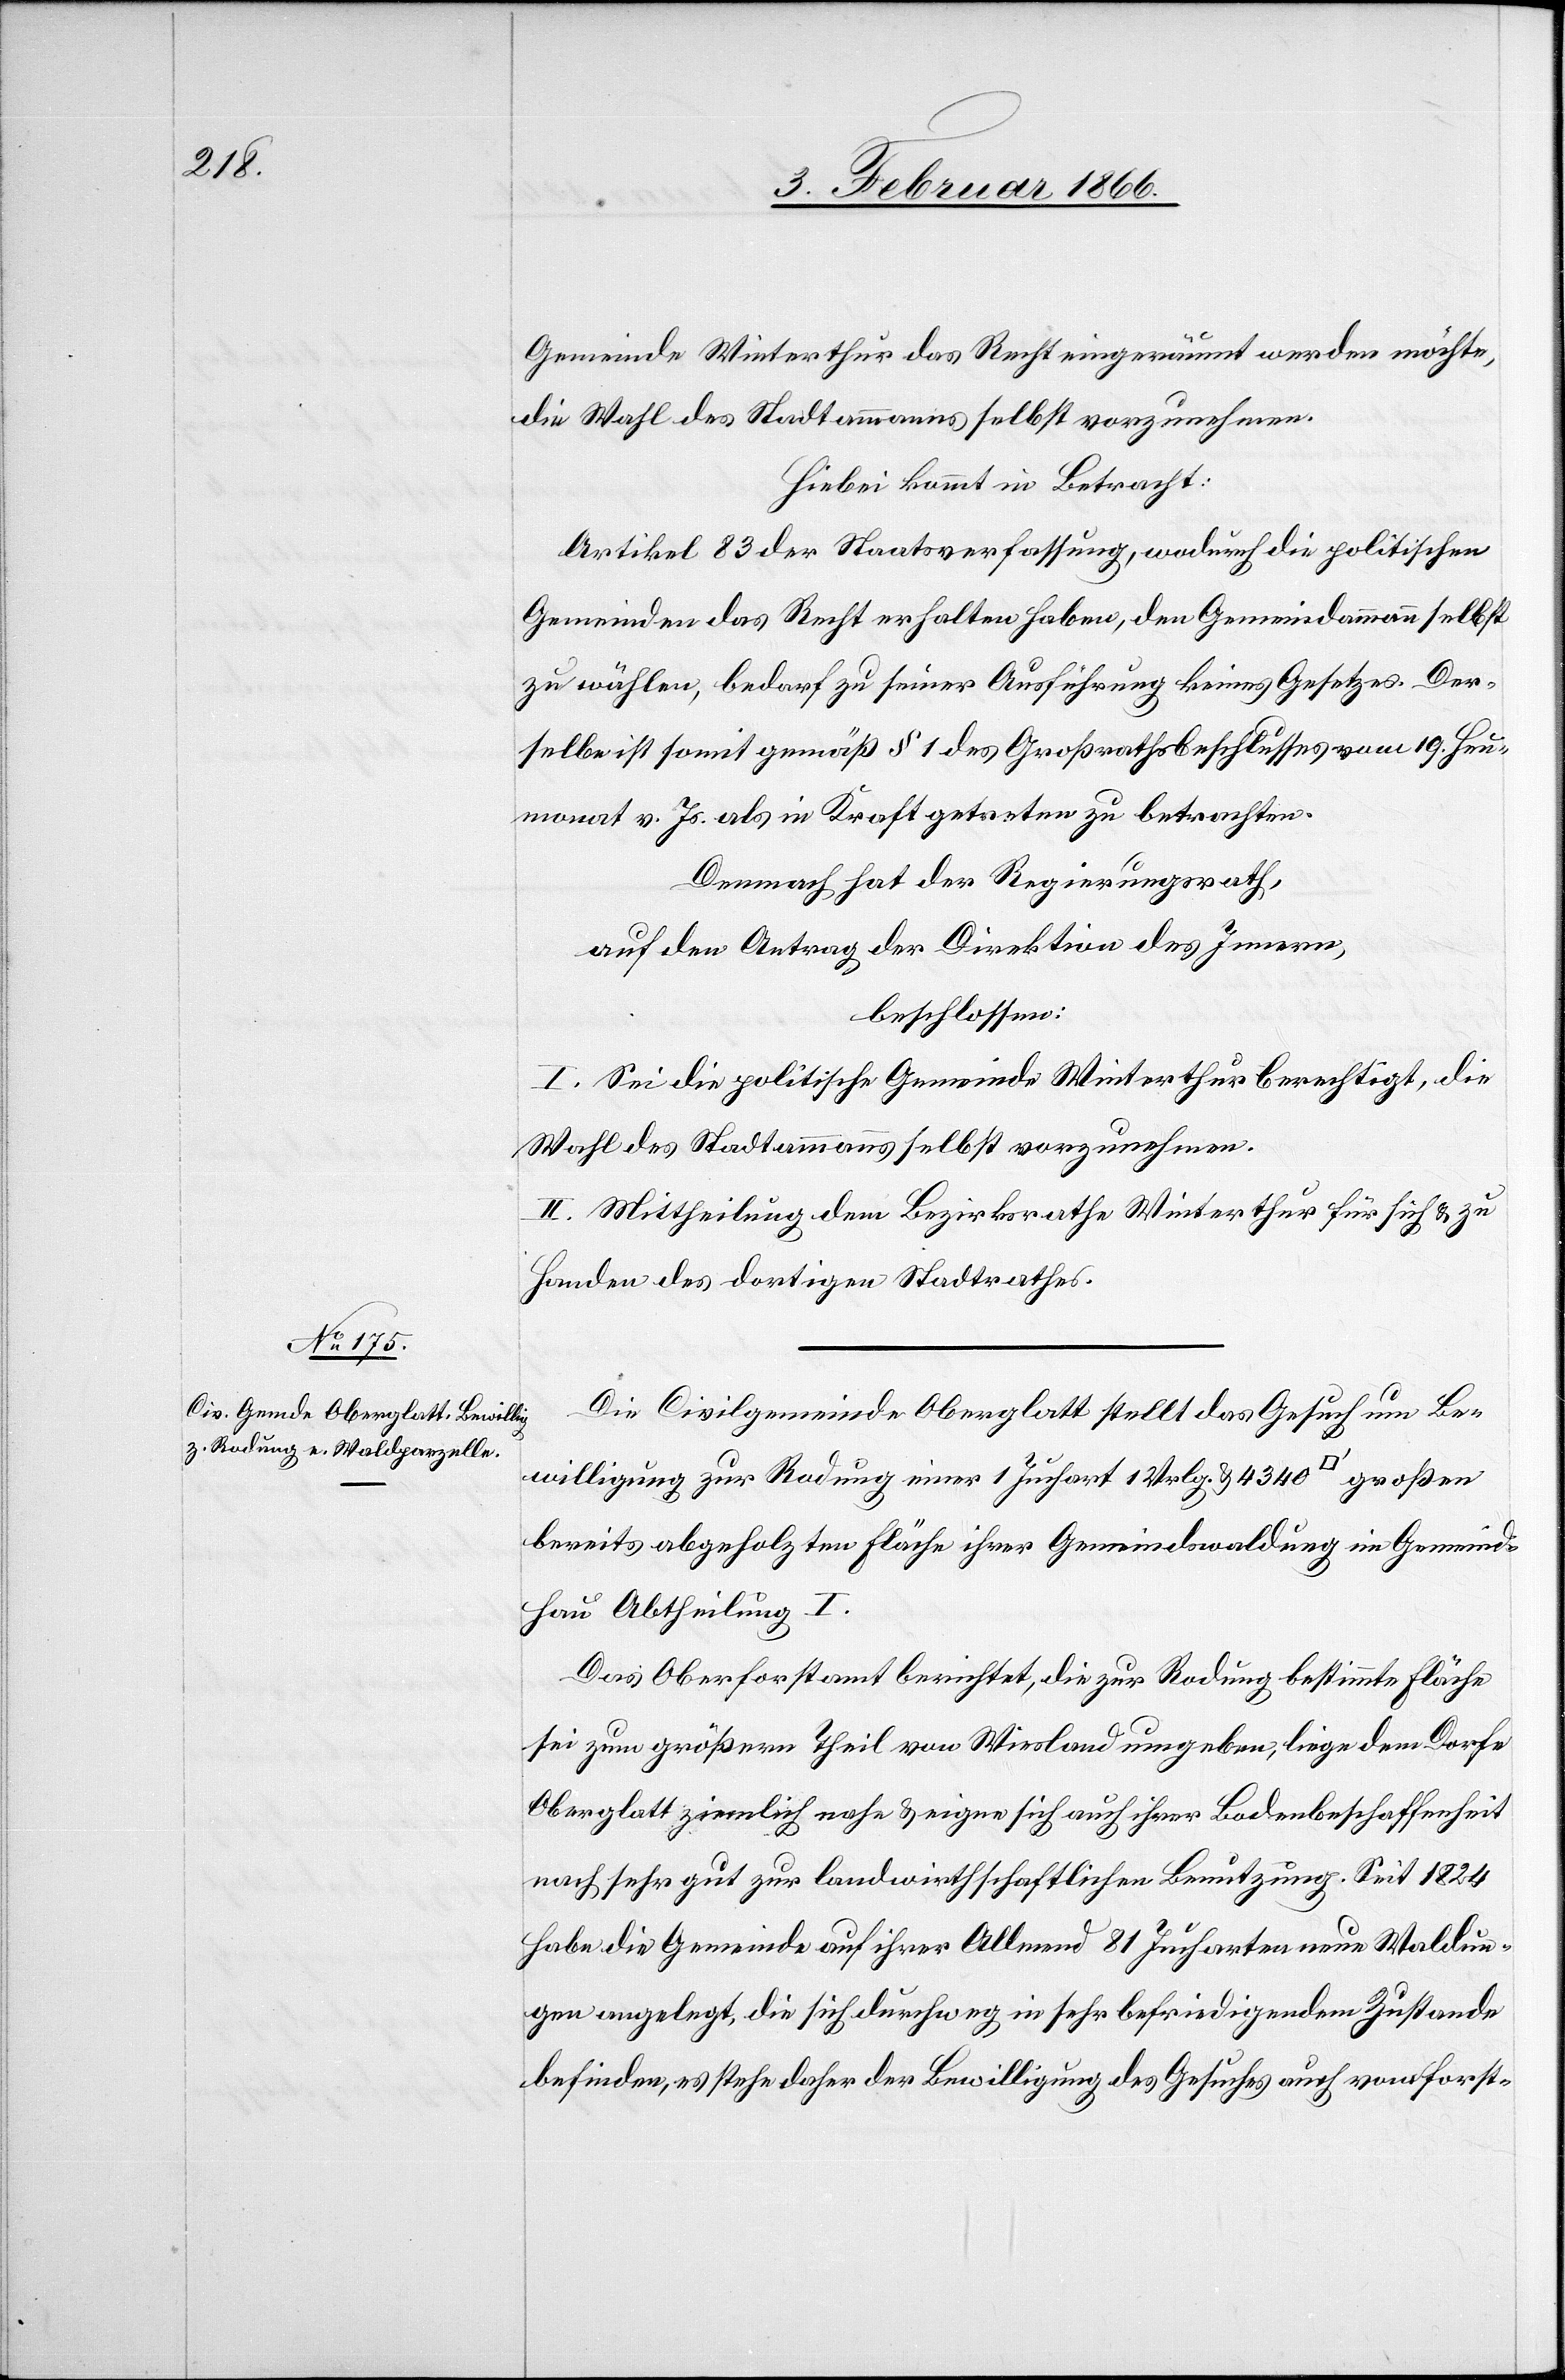
Gemeinde Winterthur das Recht eingeräumt werden möchte,
die Wahl des Stadtammanns selbst vorzunehmen.
Hiebei kommt in Betracht:
Artikel 38 der Staatsverfassung, wodurch die politischen
Gemeinden das Recht erhalten haben, den Gemeindammann selbst
zu wählen, bedarf zu seiner Ausübung keines Gesetzes. Der¬
selbe ist somit gemäß § 1 des Großrathsbeschlusses vom 19. Heu¬
monat v. Js. als in Kraft getreten zu betrachten.
Demnach hat der Regierungsrath,
auf den Antrag der Direktion des Innern,
beschloßen:
I. Sei die politische Gemeinde Winterthur berechtigt, die
Wahl des Stadtammanns selbst vorzunehmen.
II. Mittheilung dem Bezirksrathe Winterthur für sich u. zu
Handen des dortigen Stadtrathes.
Die Civilgemeinde Oberglatt stellt das Gesuch um Be¬
willigung zur Rodung einer 1 Juchart 1 Vrlg. u. 4340 [Quadratfuß] großen
bereits abgeholzten Fläche ihrer Gemeindwaldung im Gemeind¬
hau Abtheilung I.
Das Oberforstamt berichtet, die zur Rodung bestimmte Fläche
sei zum größern Theil von Wiesland umgeben, liege dem Dorfe
Oberglatt ziemlich nahe u. eigne sich auch ihrer Bodenbeschaffenheit
nach sehr gut zur landwirthschaftlichen Benutzung. Seit 1824
habe die Gemeinde auf ihrer Allmend 81 Jucharten neue Waldun¬
gen angelegt, die sich durchweg in sehr befriedigendem Zustande
befinden, es stehe daher der Bewilligung des Gesuches auch von forst-